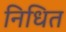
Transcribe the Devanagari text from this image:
निधित